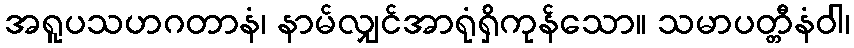
အရူပသဟဂတာနံ၊ နာမ်လျှင်အာရုံရှိကုန်သော။ သမာပတ္တီနံဝါ၊